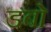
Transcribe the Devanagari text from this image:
डबो